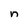
Character: n